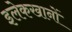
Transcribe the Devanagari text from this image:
इलेकखानों